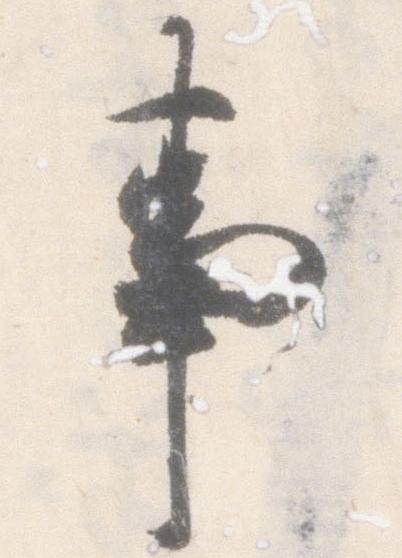
事